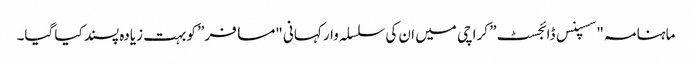
ماہنامہ "سسپنس ڈائجسٹ” کراچی میں ان کی سلسلہ وار کہانی "مسافر” کو بہت زیادہ پسند کیا گیا۔